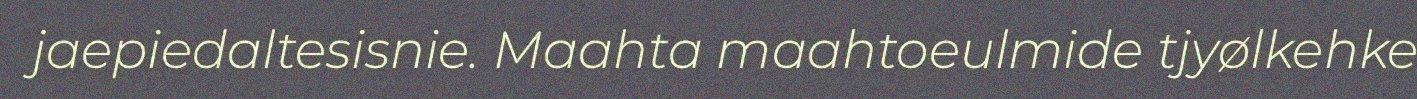
jaepiedaltesisnie. Maahta maahtoeulmide tjyølkehke